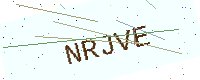
Text: NRJVE